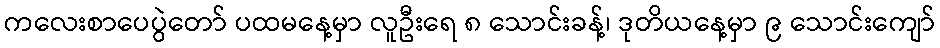
ကလေးစာပေပွဲတော် ပထမနေ့မှာ လူဦးရေ ၈ သောင်းခန့်၊ ဒုတိယနေ့မှာ ၉ သောင်းကျော်